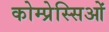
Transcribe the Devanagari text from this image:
कोम्प्रेस्सिओं